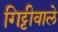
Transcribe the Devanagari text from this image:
गिट्टीवाले